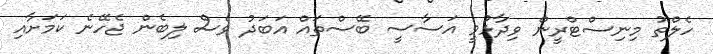
ހެލްތު މިނިސްޓްރީން ވިދާޅުވީ އަސާސީ ބޭސްތައް އަބަދު ވެސް ލިބެން ޖެހޭނެ ކަމަށާއި